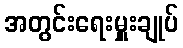
အတွင်းရေးမှူးချုပ်